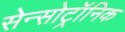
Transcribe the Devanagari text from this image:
सेन्सोट्रॉनिक